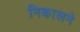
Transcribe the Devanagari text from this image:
निकालने